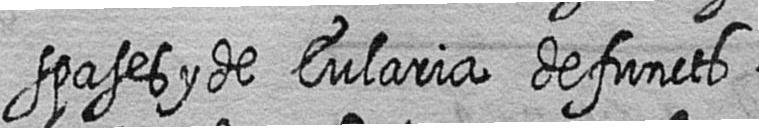
spases y de Eularia defuncts